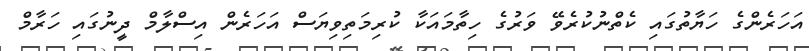
އަހަރެންގެ ހަޔާތުގައި ކެތްނުކުރެވޭ ވަރުގެ ހިތާމައަކާ ކުރިމަތިވިޔަސް އަހަރެން އިސްލާމް ދީނުގައި ހަރާމް